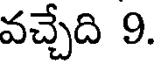
వచ్చేది 9.